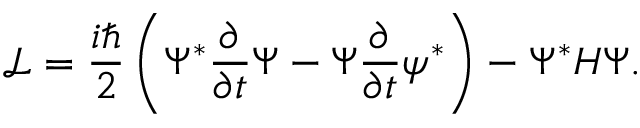
\mathcal { L } = \frac { i \hbar } { 2 } \left( \Psi ^ { * } \frac { \partial } { \partial t } \Psi - \Psi \frac { \partial } { \partial t } \psi ^ { * } \right) - \Psi ^ { * } H \Psi .